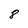
Character: 8